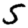
Digit: 5